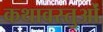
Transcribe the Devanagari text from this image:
कथावस्तुओं